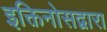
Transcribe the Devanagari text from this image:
इक्तिनोसद्वारा